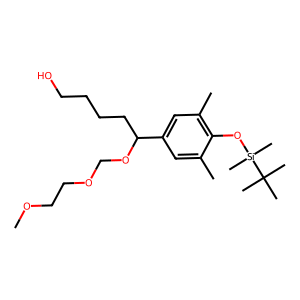
SMILES: COCCOCOC(CCCCO)c1cc(C)c(O[Si](C)(C)C(C)(C)C)c(C)c1
Inhibits HIV replication: No